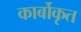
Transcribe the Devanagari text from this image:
कार्बोकृत